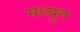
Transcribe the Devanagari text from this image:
मध्युग